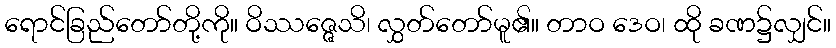
ရောင်ခြည်တော်တို့ကို။ ဝိဿဇ္ဇေသိ၊ လွှတ်တော်မူ၏။ တာဝ ဒေဝ၊ ထို ခဏ၌လျှင်။